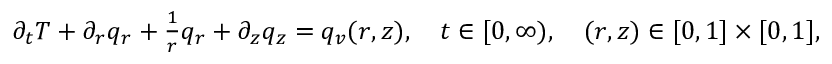
\begin{array} { r } { \partial _ { t } T + \partial _ { r } q _ { r } + \frac { 1 } { r } q _ { r } + \partial _ { z } q _ { z } = q _ { v } ( r , z ) , \quad t \in [ 0 , \infty ) , \quad ( r , z ) \in [ 0 , 1 ] \times [ 0 , 1 ] , } \end{array}